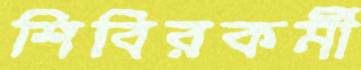
শিবিরকর্মী